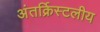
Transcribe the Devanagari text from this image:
अंतर्क्रिस्टलीय